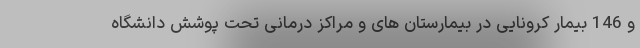
و 146 بیمار کرونایی در بیمارستان های و مراکز درمانی تحت پوشش دانشگاه